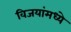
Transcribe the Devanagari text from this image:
विजयांमध्ये